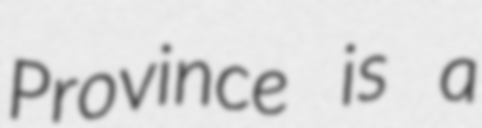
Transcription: Province is a